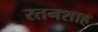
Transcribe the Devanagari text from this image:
रतनशाह